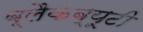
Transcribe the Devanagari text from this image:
ब्लैकब्यूटी